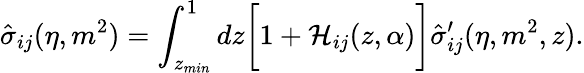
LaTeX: \hat{\sigma}_{ij}(\eta,m^{2})=\int_{z_{min}}^{1}dz\biggl[1+{\cal H}_{ij}(z,\alpha)\biggr]\hat{\sigma}_{ij}^{\prime}(\eta,m^{2},z).